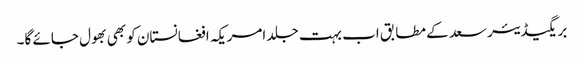
بریگیڈیئر سعد کے مطابق اب بہت جلد امریکہ افغانستان کو بھی بھول جائے گا۔